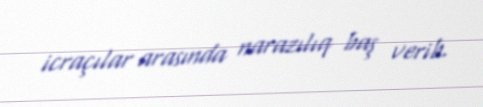
icraçılar arasında narazılıq baş verib.